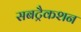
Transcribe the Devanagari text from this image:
सबट्रैकशन